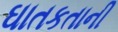
ઘાતકતાની